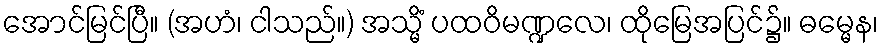
အောင်မြင်ပြီ။ (အဟံ၊ ငါသည်။) အသ္မိံ ပထဝိမဏ္ဍလေ၊ ထိုမြေအပြင်၌။ ဓမ္မေန၊